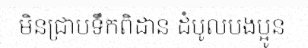
មិនជ្រាបទឹកពិដាន ដំបូលបងប្អូន